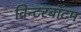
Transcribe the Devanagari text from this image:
विन्टरबॉटम